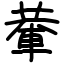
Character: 輂